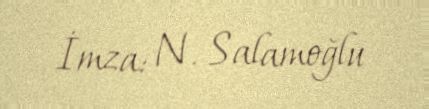
İmza: N. Salamoğlu